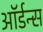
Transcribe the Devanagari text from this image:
ऑर्डन्स